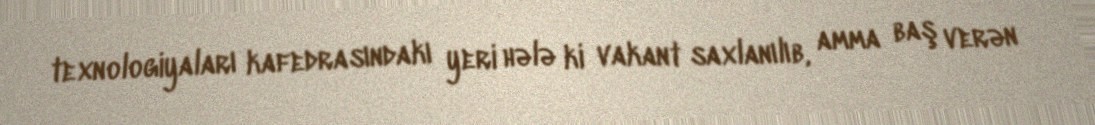
texnologiyaları kafedrasındakı yeri hələ ki vakant saxlanılıb, amma baş verən